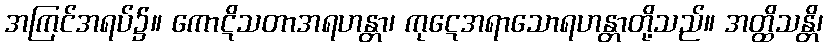
အကြင်အရပ်၌။ ကောဋိသတာအရဟန္တာ၊ ကုဋေအရာသောရဟန္တာတို့သည်။ အတ္ထိသန္တိ၊